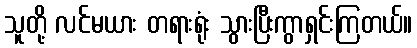
သူတို့ လင်မယား တရားရုံး သွားပြီးကွာရှင်းကြတယ်။